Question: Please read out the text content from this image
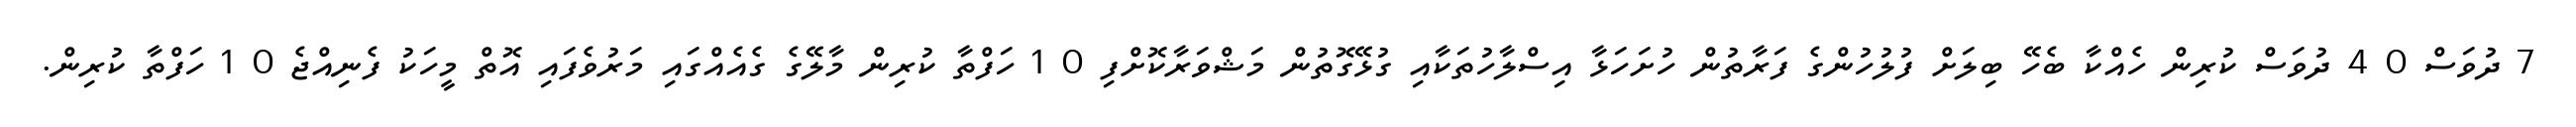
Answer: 7 ދުވަސް 0 4 ދުވަސް ކުރިން ހެއްކާ ބެހޭ ބިލަށް ފުލުހުންގެ ފަރާތުން ހުށަހަޅާ އިސްލާހުތަކާއި ގުޅޭގޮތުން މަޝްވަރާކޮށްފި 0 1 ހަފްތާ ކުރިން މާލޭގެ ގެއެއްގައި މަރުވެފައި އޮތް މީހަކު ފެނިއްޖެ 0 1 ހަފްތާ ކުރިން.